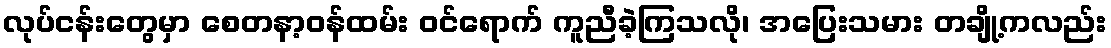
လုပ်ငန်းတွေမှာ စေတနာ့ဝန်ထမ်း ဝင်ရောက် ကူညီခဲ့ကြသလို၊ အပြေးသမား တချို့ကလည်း